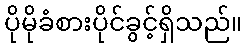
ပိုမိုခံစားပိုင်ခွင့်ရှိသည်။